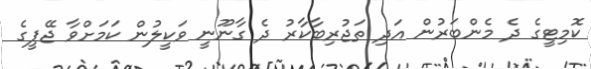
ކޮމިޓީގެ ދެ މެންބަރުން އަދި ތަޖުރިބާކާރު ދެ ގާނޫނީ ވަކީލުން ކަމަށްވާ ޖޭޕީގެ